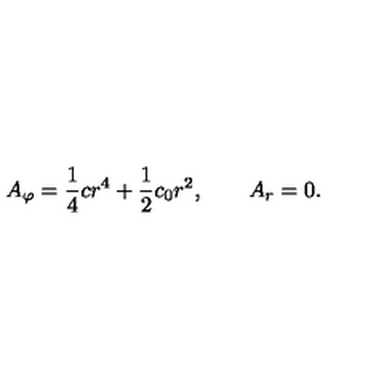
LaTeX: A _ { \varphi } = \frac 1 4 c r ^ { 4 } + \frac 1 2 c _ { 0 } r ^ { 2 } , \qquad A _ { r } = 0 .